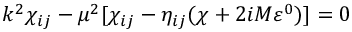
k ^ { 2 } \chi _ { i j } - \mu ^ { 2 } [ \chi _ { i j } - \eta _ { i j } ( \chi + 2 i M \varepsilon ^ { 0 } ) ] = 0